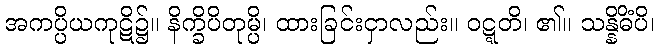
အကပ္ပိယကုဋိ၌။ နိက္ခိပိတုမ္ပိ၊ ထားခြင်းငှာလည်း။ ဝဋ္ဋတိ၊ ၏။ သန္နိဓိံပိ၊